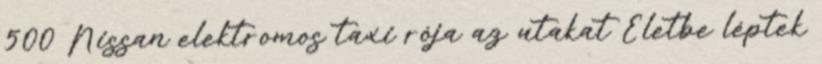
500 Nissan elektromos taxi rója az utakat Életbe léptek